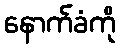
နောက်ခံကို